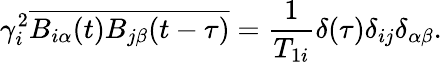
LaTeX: \gamma_{i}^{2}\overline{{B_{i\alpha}(t)B_{j\beta}(t-\tau)}}=\frac{1}{T_{1i}}\delta(\tau)\delta_{ij}\delta_{\alpha\beta}.